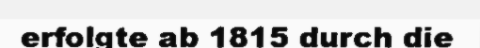
erfolgte ab 1815 durch die